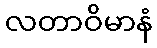
လတာဝိမာနံ